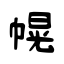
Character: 幌